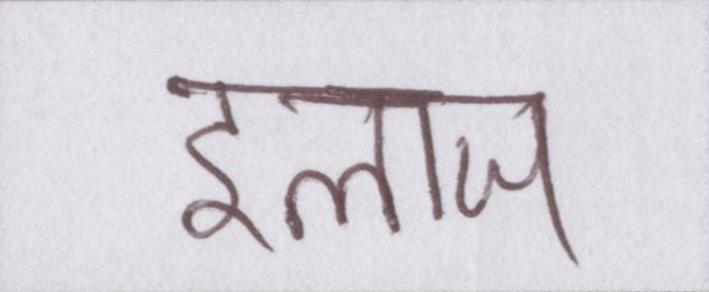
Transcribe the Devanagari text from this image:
इलाज